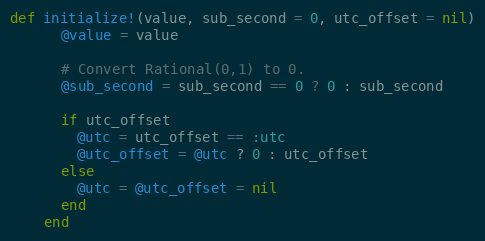
Language: Ruby
def initialize!(value, sub_second = 0, utc_offset = nil)
      @value = value

      # Convert Rational(0,1) to 0.
      @sub_second = sub_second == 0 ? 0 : sub_second

      if utc_offset
        @utc = utc_offset == :utc
        @utc_offset = @utc ? 0 : utc_offset
      else
        @utc = @utc_offset = nil
      end
    end